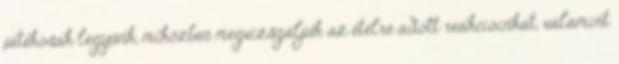
játékosak legyünk, miközben megvizsgáljuk az ételre adott reakcióinkat, valamint